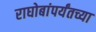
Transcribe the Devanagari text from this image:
राघोबांपर्यंतच्या